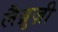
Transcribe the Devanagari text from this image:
लैब्रुज़ी